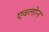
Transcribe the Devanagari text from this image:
एवलोन